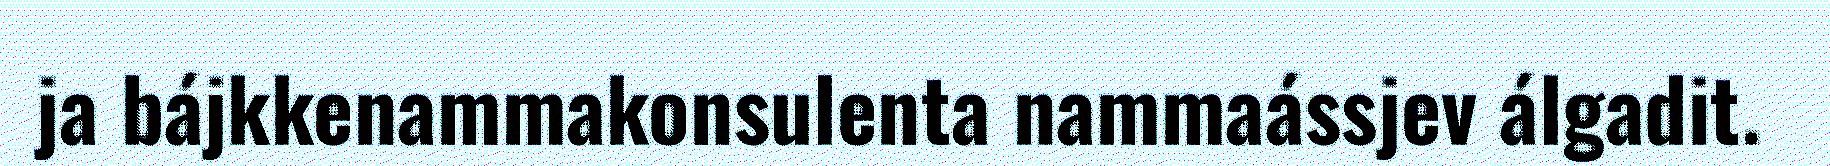
ja bájkkenammakonsulenta nammaássjev álgadit.